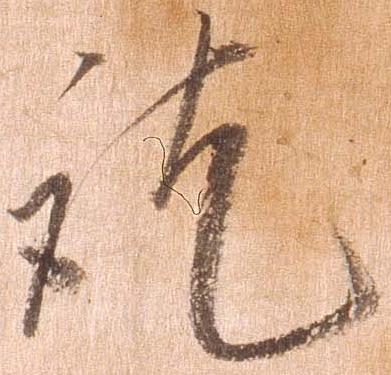
訖